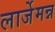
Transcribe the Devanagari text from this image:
लार्जेमन्न